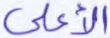
الأعلى